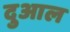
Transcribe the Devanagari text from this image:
दुआल